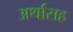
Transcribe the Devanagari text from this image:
अर्थासह